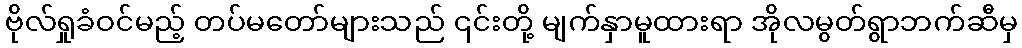
ဗိုလ်ရှုခံဝင်မည့် တပ်မတော်များသည် ၎င်းတို့ မျက်နှာမူထားရာ အိုလမွတ်ရွာဘက်ဆီမှ